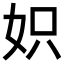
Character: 𡛰